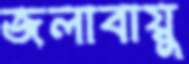
জলাবায়ু